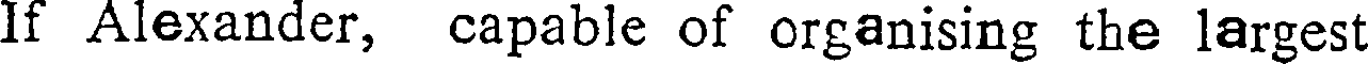
If Alexander, capable of organising the largest